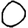
Digit: 0